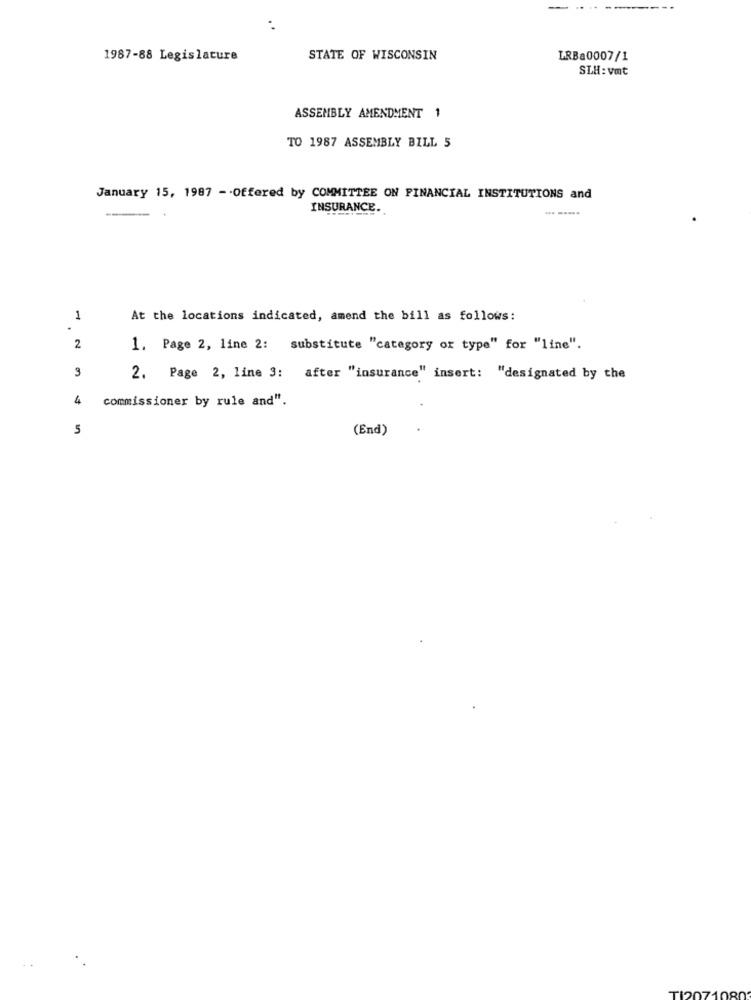
1987-88 Legislature
STATE OF WISCONSIN
LRBa0007/1
SLH : vmt
ASSEMBLY AMENDMENT 1
TO 1987 ASSEMBLY BILL 5
January 15, 1987 - Offered by COMMITTEE ON FINANCIAL INSTITUTIONS and
INSURANCE.
.. .....
1
At the locations indicated, amend the bill as follows:
2
1. Page 2, line 2: substitute "category or type" for "line".
3
2. Page 2, line 3: after "insurance" insert: "designated by the
4
commissioner by rule and".
5
(End)
TI